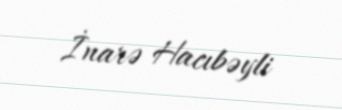
İnarə Hacıbəyli